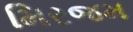
મિરજમ